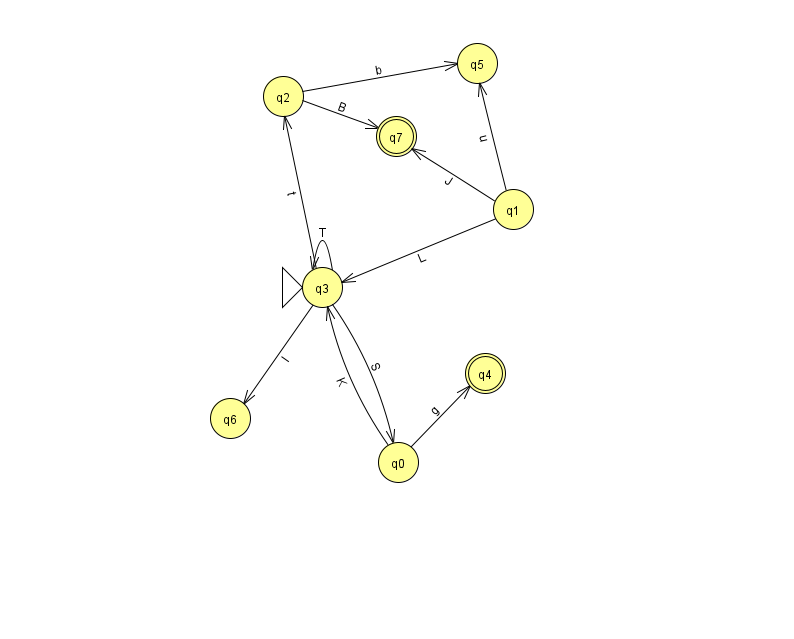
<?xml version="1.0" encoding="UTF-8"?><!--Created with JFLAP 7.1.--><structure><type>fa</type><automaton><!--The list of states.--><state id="0" name="q0"><x>398.0</x><y>449.0</y></state><state id="1" name="q1"><x>513.0</x><y>196.0</y></state><state id="2" name="q2"><x>283.0</x><y>83.0</y></state><state id="3" name="q3"><x>322.0</x><y>274.0</y><initial/></state><state id="4" name="q4"><x>485.0</x><y>360.0</y><final/></state><state id="5" name="q5"><x>477.0</x><y>50.0</y></state><state id="6" name="q6"><x>230.0</x><y>405.0</y></state><state id="7" name="q7"><x>396.0</x><y>123.0</y><final/></state><!--The list of transitions.--><transition><from>0</from><to>4</to><read>g</read></transition><transition><from>1</from><to>5</to><read>u</read></transition><transition><from>3</from><to>2</to><read>t</read></transition><transition><from>3</from><to>3</to><read>T</read></transition><transition><from>3</from><to>6</to><read>I</read></transition><transition><from>1</from><to>3</to><read>L</read></transition><transition><from>3</from><to>0</to><read>S</read></transition><transition><from>2</from><to>7</to><read>B</read></transition><transition><from>2</from><to>5</to><read>b</read></transition><transition><from>1</from><to>7</to><read>J</read></transition><transition><from>0</from><to>3</to><read>K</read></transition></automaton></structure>